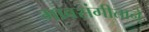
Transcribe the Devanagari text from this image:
भावसंगीताने